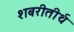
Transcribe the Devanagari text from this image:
शबरीतीर्थ